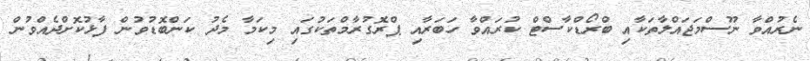
ނެރުއްވާ ނޫސްމަޖައްލާތަކާއި ބްރޯޑްކާސްޓް ކުރައްވާ ހަބަރާއި ޕްރޮގުރާމްތަކުގައި މިކަމާ މެދު ކަންބޮޑުވުން ފާޅުކޮށްދެއްވުން